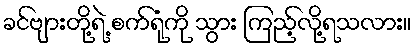
ခင်ဗျားတို့ရဲ့ စက်ရုံကို သွား ကြည့်လို့ရသလား။